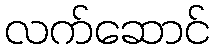
လက်ဆောင်